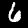
Digit: 6